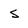
Character: S